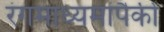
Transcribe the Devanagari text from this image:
रंगमाध्यमांपैकी